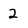
Character: 2